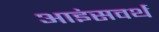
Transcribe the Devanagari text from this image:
आइंसवर्थ